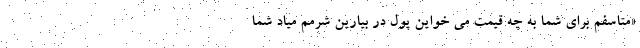
«متاسفم برای شما به چه قیمت می خواین پول در بیارین شرمم میاد شما